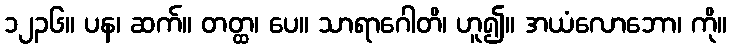
၁၂၃၆။ ပန၊ ဆက်။ တတ္ထ၊ ပေ။ သာရာဂေါတိ၊ ဟူ၍။ အယံလောဘော၊ ကို။